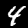
Digit: 4